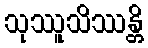
သုဿူသိဿန္တိ